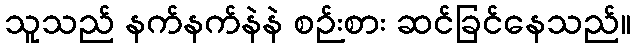
သူသည် နက်နက်နဲနဲ စဉ်းစား ဆင်ခြင်နေသည်။